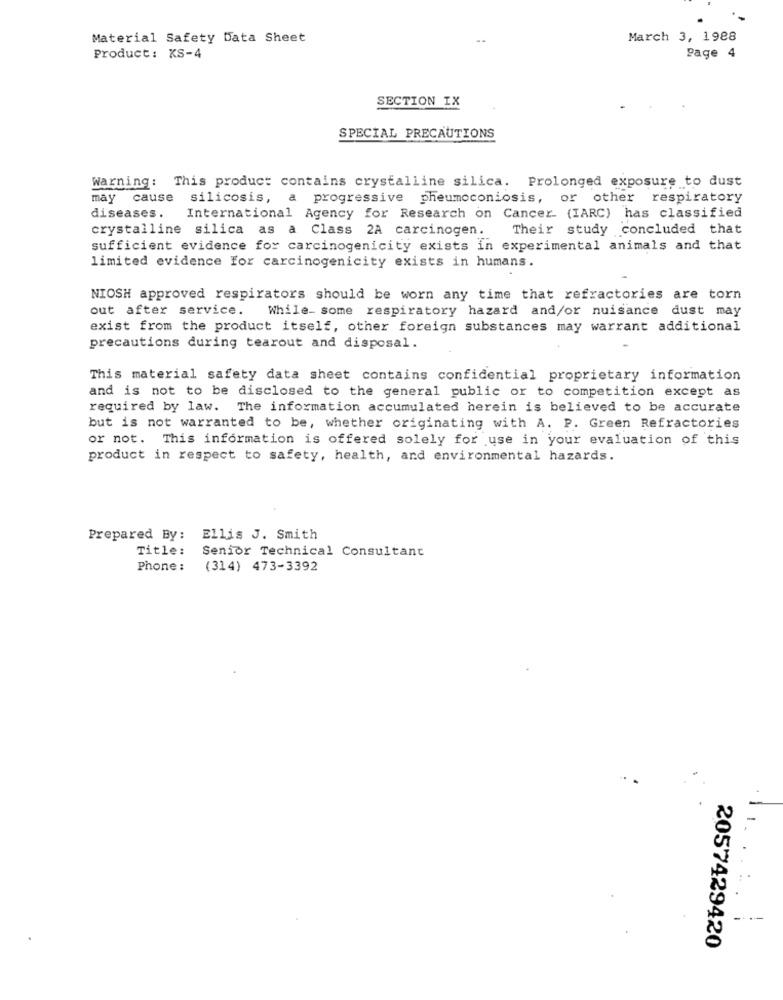
Material Safety Data Sheet
March 3, 1988
Product: KS-4
Page 4
SECTION IX
SPECIAL PRECAUTIONS
Warning: This product contains crystalline silica. Prolonged exposure to dust
may cause
silicosis, a progressive pheumoconiosis, or other respiratory
diseases.
International Agency for Research on Cancer (IARC) has classified
crystalline silica as a Class 2A carcinogen. Their study concluded that
sufficient evidence for carcinogenicity exists in experimental animals and that
limited evidence for carcinogenicity exists in humans.
NIOSH approved respirators should be worn any time that refractories are torn
out after service.
While- some respiratory hazard and/or nuisance dust may
exist from the product itself, other foreign substances may warrant additional
precautions during tearout and disposal.
This material safety data sheet contains confidential proprietary information
and is not to be disclosed to the general public or to competition except as
required by law. The information accumulated herein is believed to be accurate
but is not warranted to be, whether originating with A. P. Green Refractories
or not. This information is offered solely for use in your evaluation of this
product in respect to safety, health, and environmental hazards.
Prepared By:
Ellis J. Smith
Title:
Senior Technical Consultant
Phone :
(314) 473-3392
----
2057429420